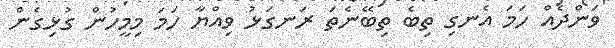
ވަންދެއް ހަމަ އެނގި ތިބެ ތިބޭނެތަ ރަނގަޅު ވިއްޔާ ހަމަ މިމީހުން ގުޅިގެން